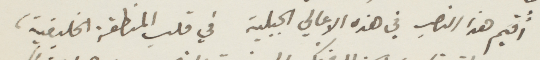
أقيم هذا النصب في هذه الاعالي الجبلية في قلب المنطقة الخليفية،